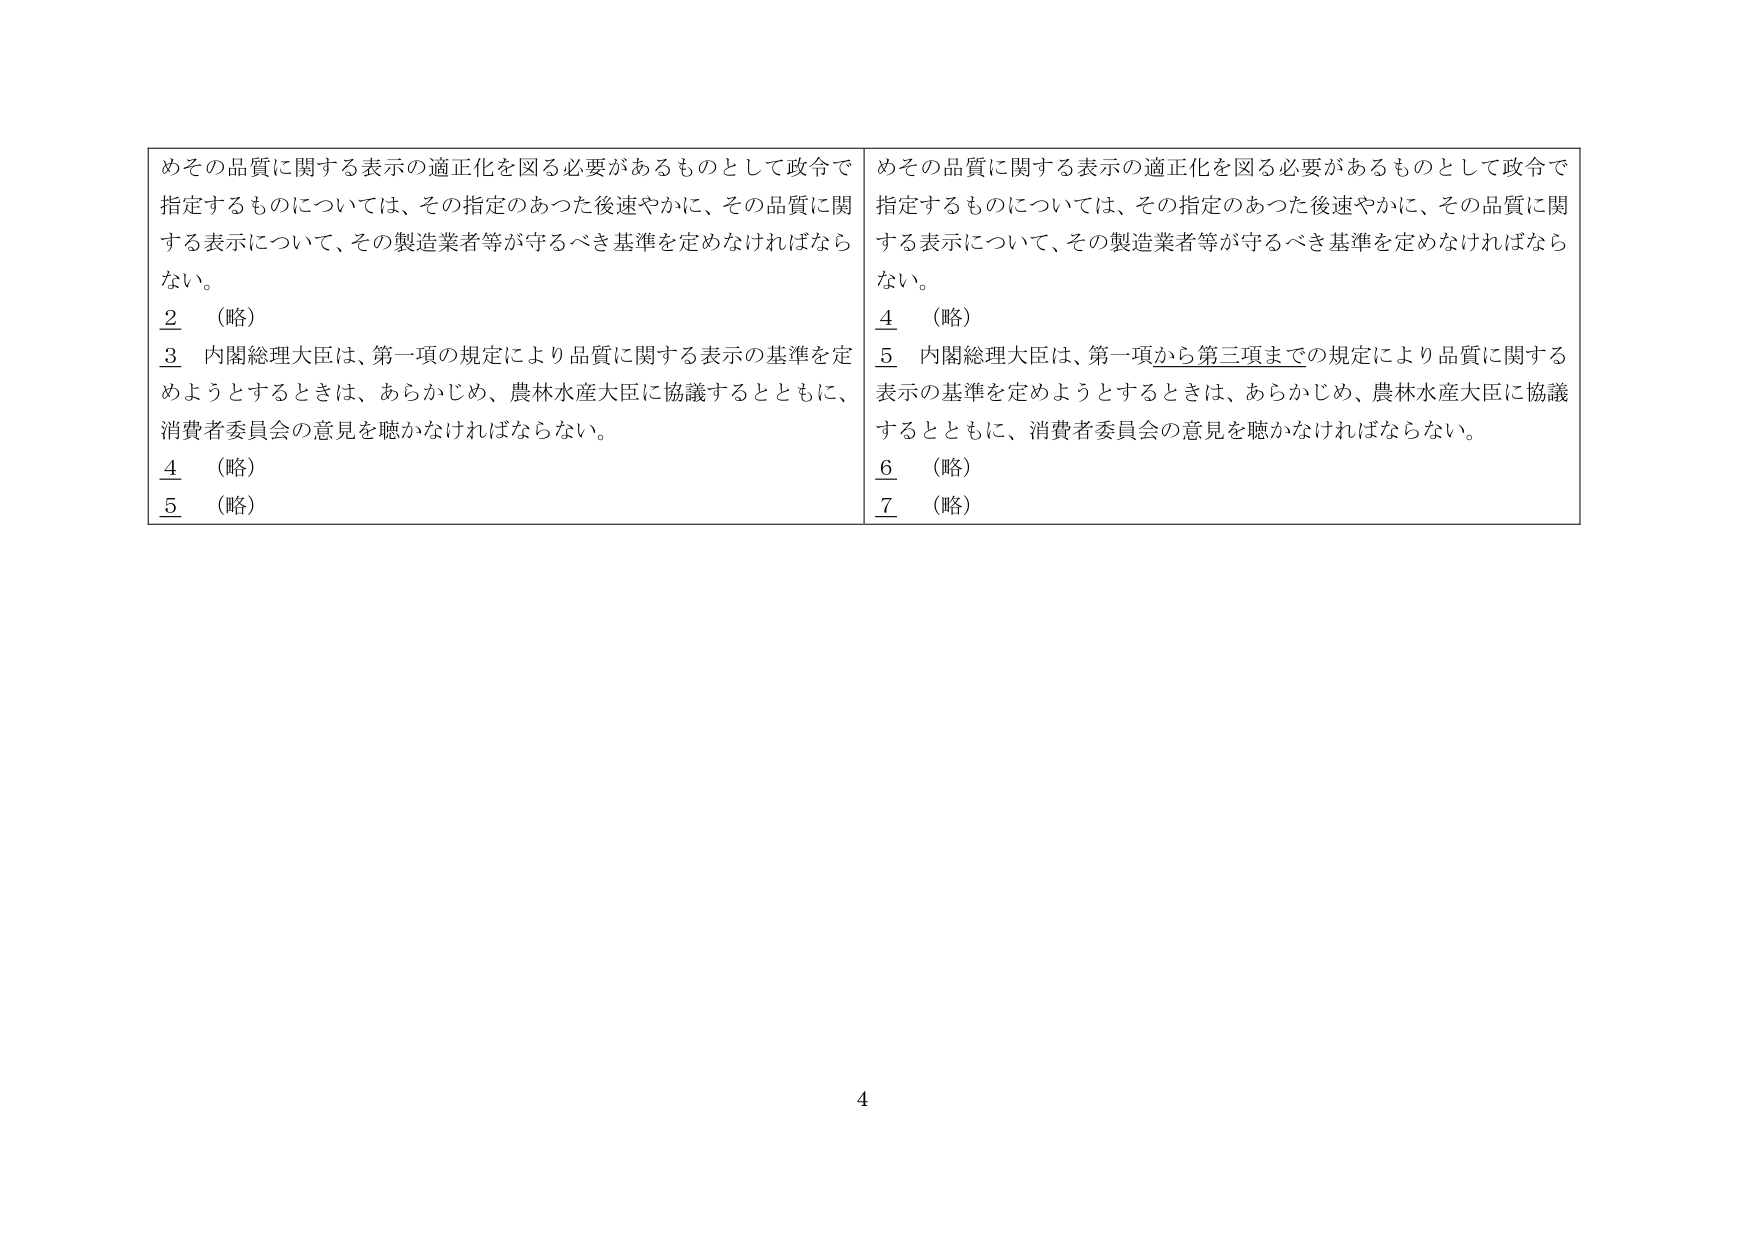
めその品質に関する表示の適正化を図る必要があるものとして政令で指定するものについては、その指定のあった後速やかに、その品質に関する表示について、その製造業者等が守るべき基準を定めなければならない。

2 （略）

3 内閣総理大臣は、第一項の規定により品質に関する表示の基準を定めようとするときは、あらかじめ、農林水産大臣に協議するとともに、消費者委員会の意見を聴かなければならない。

4 （略）

5 （略）

めその品質に関する表示の適正化を図る必要があるものとして政令で指定するものについては、その指定のあった後速やかに、その品質に関する表示について、その製造業者等が守るべき基準を定めなければならない。

4 （略）

5 内閣総理大臣は、第一項から第三項までの規定により品質に関する表示の基準を定めようとするときは、あらかじめ、農林水産大臣に協議するとともに、消費者委員会の意見を聴かなければならない。

6 （略）

7 （略）

4